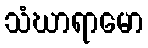
သံဃာရာမော